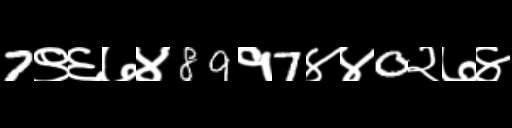
Text: 7९६७४89१7४४0२७४